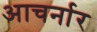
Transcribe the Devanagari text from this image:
आचर्नार